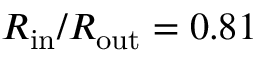
R _ { \mathrm { i n } } / R _ { \mathrm { o u t } } = 0 . 8 1